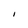
Character: I